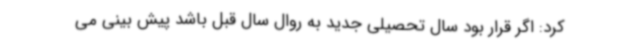
کرد: اگر قرار بود سال تحصیلی جدید به روال سال قبل باشد پیش بینی می